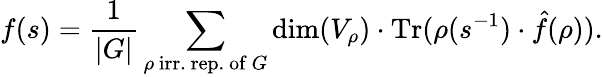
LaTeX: f(s)={\frac{1}{|G|}}\sum_{\rho{\mathrm{~irr.~rep.~of~}}G}\dim(V_{\rho})\cdot{\mathrm{Tr}}(\rho(s^{-1})\cdot{\hat{f}}(\rho)).